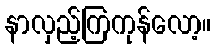
နာလှည့်ကြကုန်လော့။